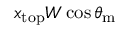
x _ { \mathrm { { t o p } } } W \cos \theta _ { \mathrm { { m } } }